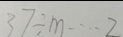
3 7 \div m \cdots 2